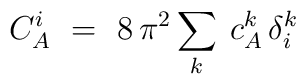
C^i_A\ =\ 8\, \pi^2 \sum_k\: c^k_A\, \delta^k_i